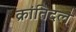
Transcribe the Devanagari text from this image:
क्रांतिदल